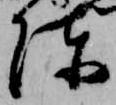
陳